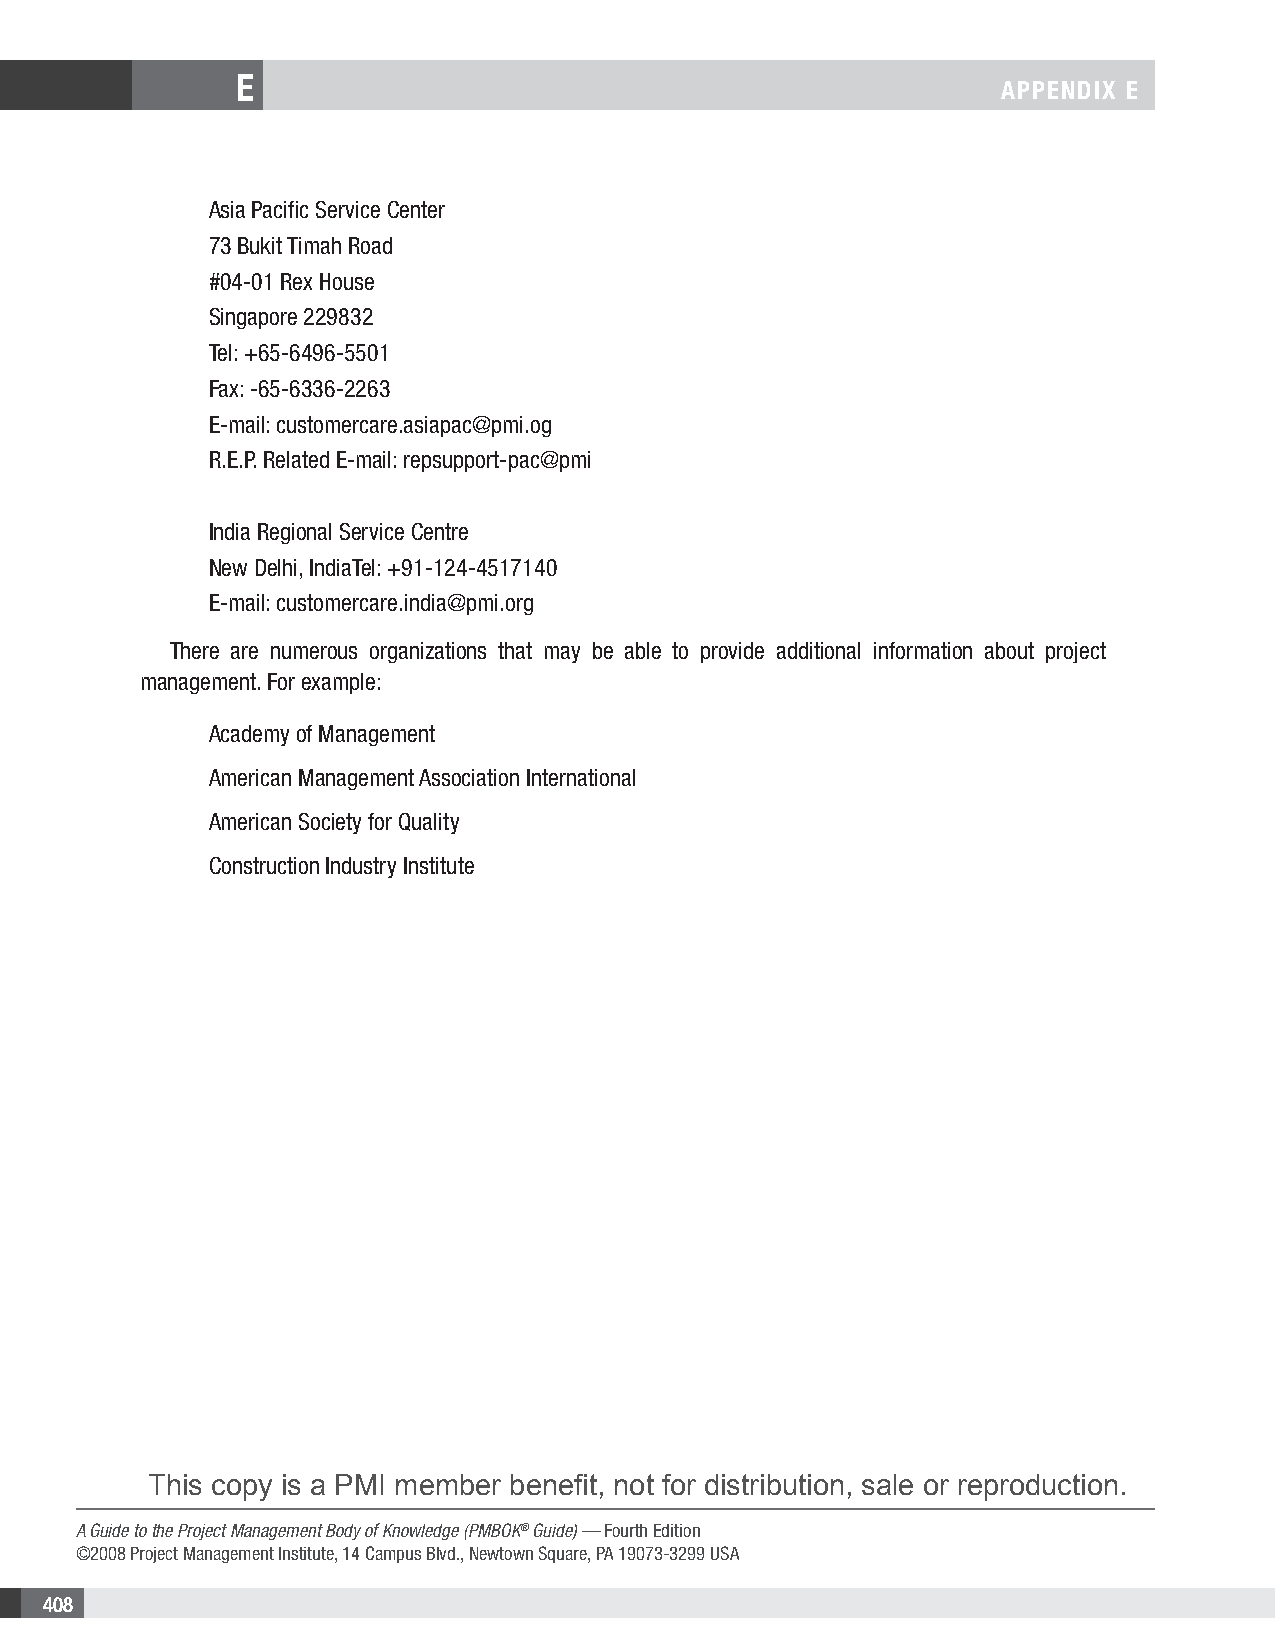
E
 APPENDIX E
 Asia Pacific Service Center
 73 Bukit Timah Road
 #04-01 Rex House
 Singapore 229832
 Tel: +65-6496-5501
 Fax: -65-6336-2263
 E-mail: customercare.asiapac@pmi.og
 R.E.P. Related E-mail: repsupport-pac@pmi
 India Regional Service Centre
 New Delhi, IndiaTel: +91-124-4517140
 E-mail: customercare.india@pmi.org
 There are numerous organizations that may be able to provide additional information about project
 management. For example:
 Academy of Management
 American Management Association International
 American Society for Quality
 Construction Industry Institute
 This copy is a PMI member benefit, not for distribution, sale or reproduction.
 A Guide to the Project Management Body of Knowledge (PMBOK® Guide) — Fourth Edition
 ©2008 Project Management Institute, 14 Campus Blvd., Newtown Square, PA 19073-3299 USA
 408